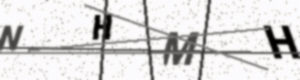
Text: NHMH